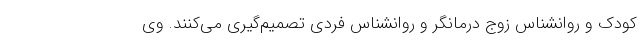
کودک و روانشناس زوج درمانگر و روانشناس فردی تصمیم‌گیری می‌کنند. وی